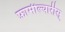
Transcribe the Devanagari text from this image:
फ़ामील्यारीस्